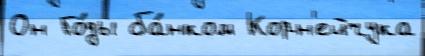
Он Го́ды ба́нком Корн'ейчука